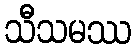
သီသမဿ